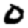
Digit: 0